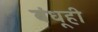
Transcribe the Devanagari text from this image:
बंधूही